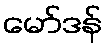
မော်ဒန်